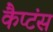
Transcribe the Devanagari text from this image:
कैप्‍टंस